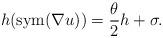
LaTeX: \begin{align*} h(\textrm{sym}(\nabla u))=\frac{\theta}{2}h+\sigma.\end{align*}